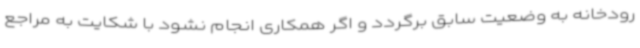
رودخانه به وضعیت سابق برگردد و اگر همکاری انجام نشود با شکایت به مراجع